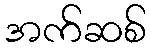
အက်ဆစ်